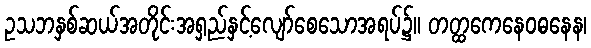
ဥသဘနှစ်ဆယ်အတိုင်းအရှည်နှင့်လျော်စေသောအရပ်၌။ တတ္ထကေနေဝဓနေန၊